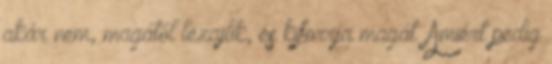
akár nem, magától lezajlik, és kiforrja magát. Amiért pedig